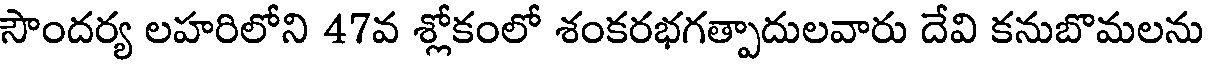
సౌందర్య లహరిలోని 47వ శ్లోకంలో శంకరభగత్పాదులవారు దేవి కనుబొమలను